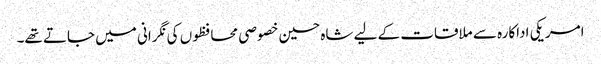
امریکی اداکارہ سے ملاقات کے لیے شاہ حسین خصوصی محافظوں کی نگرانی میں جاتے تھے۔